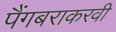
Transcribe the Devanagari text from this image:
पैंगबराकरवी